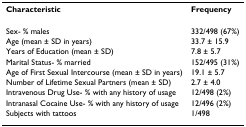
| Characteristic | Frequency |
 | --- | --- |
 | Sex- % males | 332/498 (67%) |
 | Age (mean ± SD in years) | 33.7 ± 15.9 |
 | Years of Education (mean ± SD) | 7.8 ± 5.7 |
 | Marital Status- % married | 152/495 (31%) |
 | Age of First Sexual Intercourse (mean ± SD in years) | 19.1 ± 5.7 |
 | Number of Lifetime Sexual Partners (mean ± SD) | 2.7 ± 4.0 |
 | Intravenous Drug Use- % with any history of usage | 12/498 (2%) |
 | Intranasal Cocaine Use- % with any history of usage | 12/496 (2%) |
 | Subjects with tattoos | 1/498 |